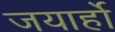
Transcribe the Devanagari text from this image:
जयार्हो